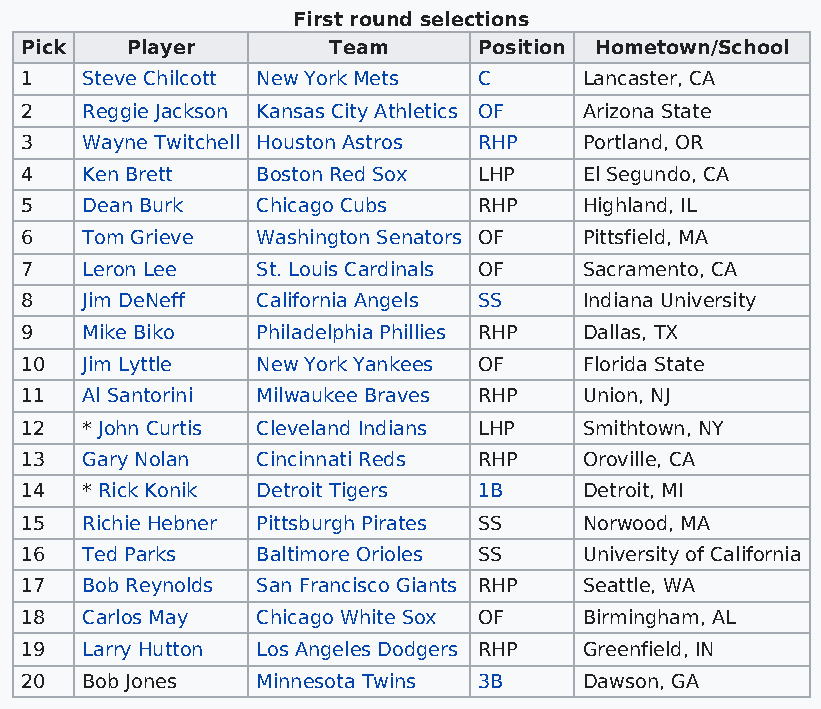
First round selections
 Pick   Player        Team      Position Hometown/School
 1   Steve Chilcott New York Mets C    Lancaster, CA
 2   Reggie Jackson Kansas City Athletics OF Arizona State
 3   Wayne Twitchell Houston Astros RHP Portland, OR
 4   Ken Brett   Boston Red Sox LHP    El Segundo, CA
 5   Dean Burk   Chicago Cubs   RHP    Highland, IL
 6   Tom Grieve  Washington Senators OF Pittsfield, MA
 7   Leron Lee   St. Louis Cardinals OF Sacramento, CA
 8   Jim DeNeff  California Angels SS  Indiana University
 9   Mike Biko   Philadelphia Phillies RHP Dallas, TX
 10  Jim Lyttle  New York Yankees OF   Florida State
 11  Al Santorini Milwaukee Braves RHP Union, NJ
 12  * John Curtis Cleveland Indians LHP Smithtown, NY
 13  Gary Nolan  Cincinnati Reds RHP   Oroville, CA
 14  * Rick Konik Detroit Tigers 1B    Detroit, MI
 15  Richie Hebner Pittsburgh Pirates SS Norwood, MA
 16  Ted Parks   Baltimore Orioles SS  University of California
 17  Bob Reynolds San Francisco Giants RHP Seattle, WA
 18  Carlos May  Chicago White Sox OF  Birmingham, AL
 19  Larry Hutton Los Angeles Dodgers RHP Greenfield, IN
 20  Bob Jones   Minnesota Twins 3B    Dawson, GA